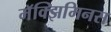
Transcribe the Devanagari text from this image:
मॅक्झिमिनस